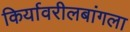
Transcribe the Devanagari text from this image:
किर्यावरीलबांगला